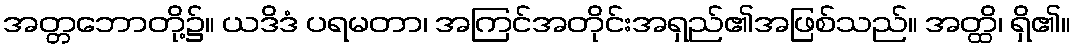
အတ္တဘောတို့၌။ ယဒိဒံ ပရမတာ၊ အကြင်အတိုင်းအရှည်၏အဖြစ်သည်။ အတ္ထိ၊ ရှိ၏။